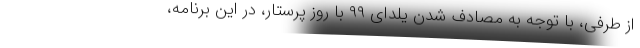
از طرفی، با توجه به مصادف شدن یلدای ۹۹ با روز پرستار، در این برنامه،